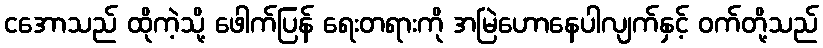
ငအောသည် ထိုကဲ့သို့ ဖေါက်ပြန် ရေးတရားကို အမြဲဟောနေပါလျက်နှင့် ဝက်တို့သည်